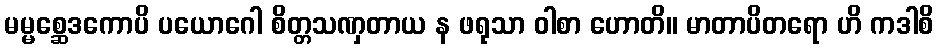
မမ္မစ္ဆေဒကောပိ ပယောဂေါ စိတ္တသဏှတာယ န ဖရုသာ ဝါစာ ဟောတိ။ မာတာပိတရော ဟိ ကဒါစိ